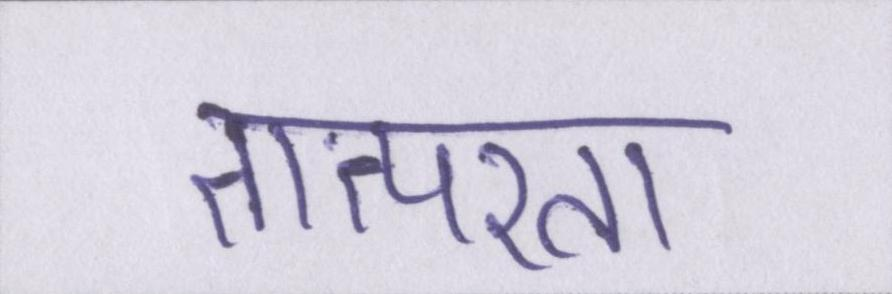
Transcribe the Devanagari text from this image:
तात्परता